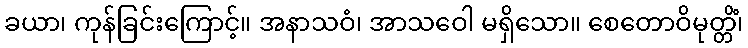
ခယာ၊ ကုန်ခြင်းကြောင့်။ အနာသဝံ၊ အာသဝေါ မရှိသော။ စေတောဝိမုတ္တိံ၊